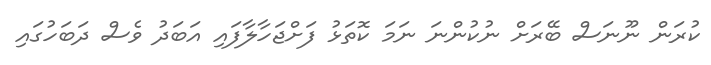
ކުރަން ނޫނަސް ބޭރަށް ނުކުންނަ ނަމަ ކޮތަޅު ފަށްޖަހާލާފައި އަބަދު ވެސް ދަބަހުގައި